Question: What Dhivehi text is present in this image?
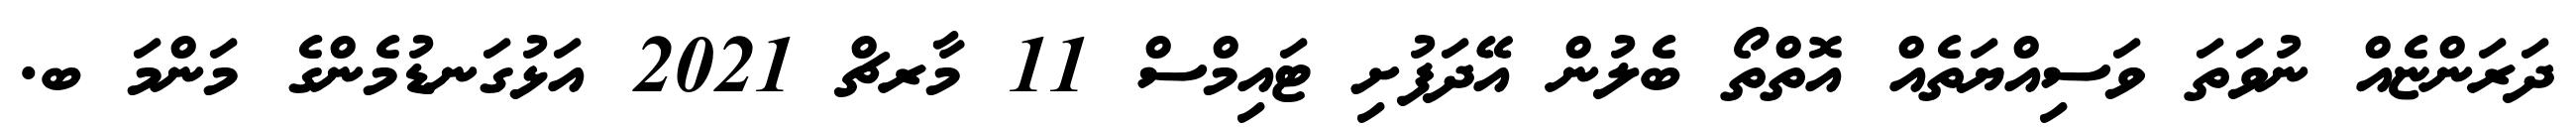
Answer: ދަރަންޏެއް ނުވަތަ ވަސިއްޔަތެއް އޮތްތޯ ބެލުން އޭދަފުށި ޓައިމްސް 11 މާރޗް 2021 އަޅުގަނޑުމެންގެ މަންމަ ބ.